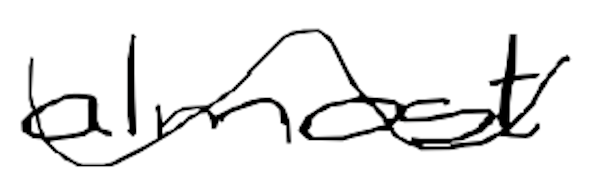
Text: almost
Cross-out: wave
Writing tool: digital_black